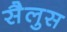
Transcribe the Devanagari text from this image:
सैलुस